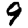
Digit: 9